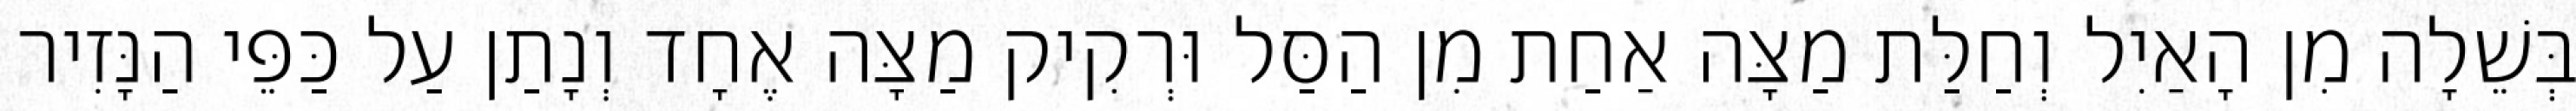
בְּשֵׁלָה מִן הָאַיִל וְחַלַּת מַצָּה אַחַת מִן הַסַּל וּרְקִיק מַצָּה אֶחָד וְנָתַן עַל כַּפֵּי הַנָּזִיר